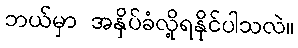
ဘယ်မှာ အနှိပ်ခံလို့ရနိုင်ပါသလဲ။